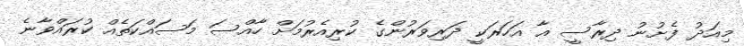
މިއަދު ފެށުނު ދިރާސީ އާ އަހަރަކީ ދަރިވަރުންގެ ކުރިއެރުމަށް ހާއްސަ މަސައްކަތެއް ކުރައްވާނެ